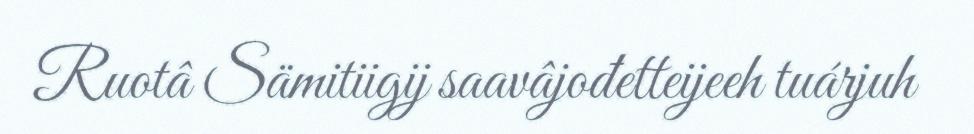
Ruotâ Sämitiigij saavâjođetteijeeh tuárjuh